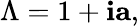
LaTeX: \Lambda=1+\mathbf{i}\mathbf{{a}},